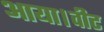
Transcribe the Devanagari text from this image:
आया।वीट